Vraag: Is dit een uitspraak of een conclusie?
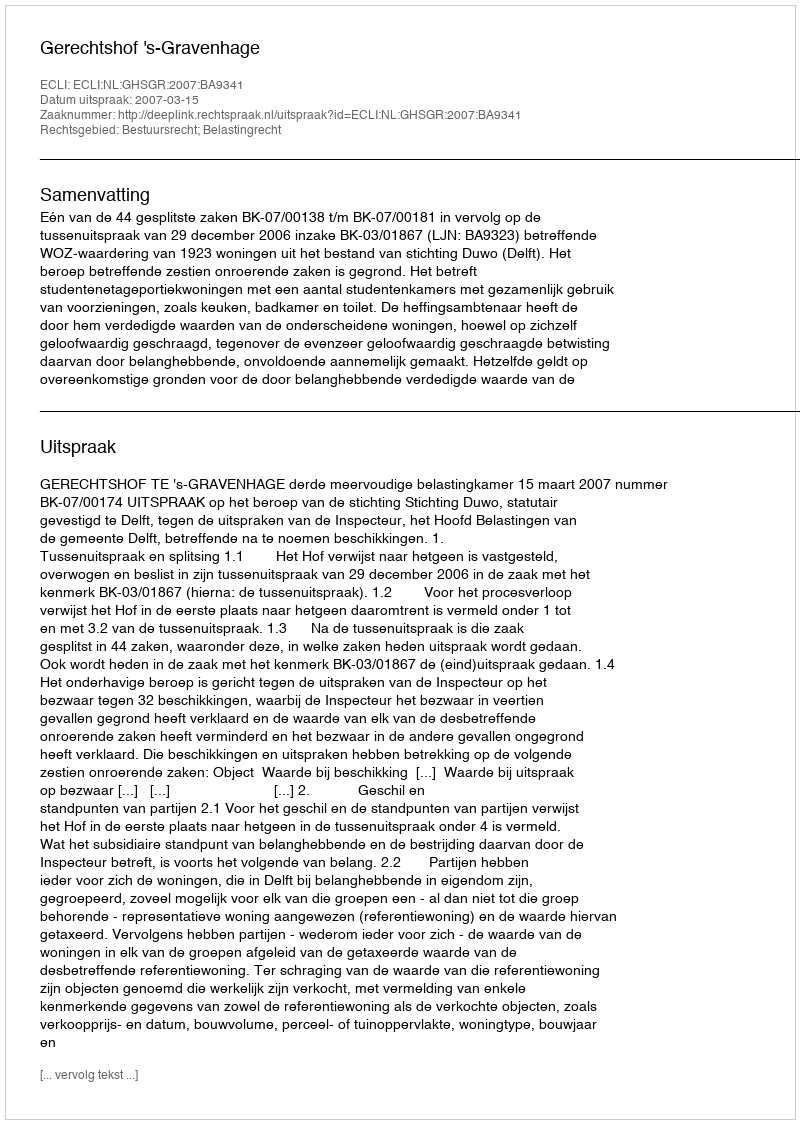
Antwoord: Uitspraak